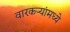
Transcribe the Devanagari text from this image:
वारकर्‍यांमध्ये